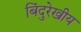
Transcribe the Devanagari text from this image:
बिंदुरेखीय